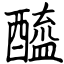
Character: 醯